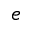
e